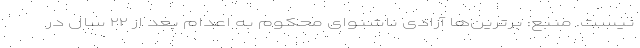
نیست. منبع: برترین‌ها آزادی ناشنوای محکوم به اعدام بعد از ۲۲ سال در